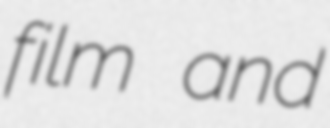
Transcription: film and